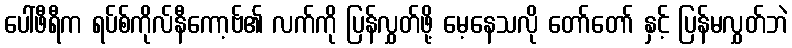
ပေါ်ဖီရီက ရပ်စ်ကိုလ်နီကော့ဗ်၏ လက်ကို ပြန်လွှတ်ဖို့ မေ့နေသလို တော်တော် နှင့် ပြန်မလွှတ်ဘဲ